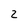
Character: 2